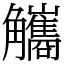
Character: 觿